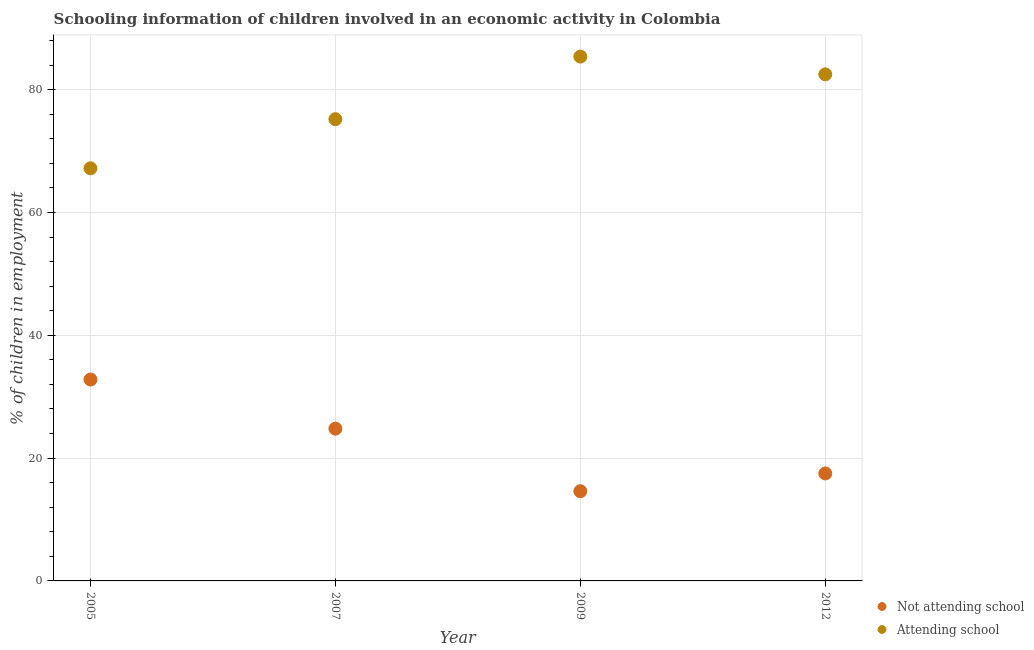
| Year | Not attending school | Attending school |
 | --- | --- | --- |
 | 2005 | 32.8 | 67.2 |
 | 2007 | 24.8 | 75.2 |
 | 2009 | 14.6 | 85.4 |
 | 2012 | 17.5 | 82.5 |